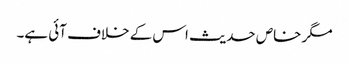
مگر خاص حدیث اس کے خلاف آئی ہے۔